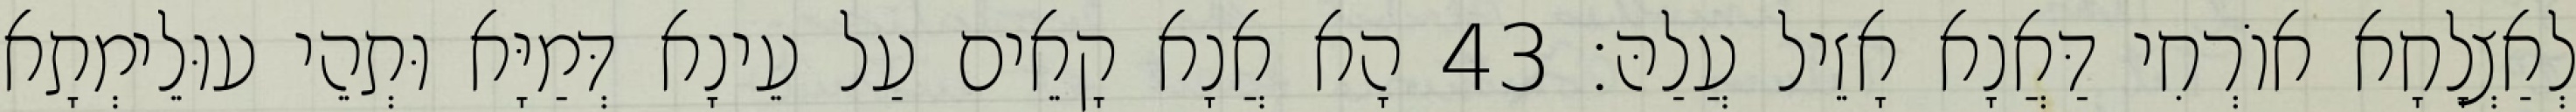
לְאַצְלָחָא אוֹרְחִי דַּאֲנָא אָזֵיל עֲלַהּ׃ 43 הָא אֲנָא קָאֵים עַל עֵינָא דְּמַיָּא וּתְהֵי עוּלֵימְתָא